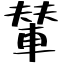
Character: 輦